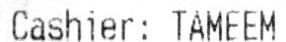
CASHIER: TAMEEM